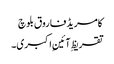
کامریڈ فاروق بلوچ
تقریظِ آئینِ اکبری۔